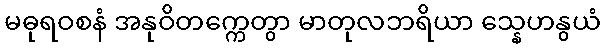
မဓုရဝစနံ အနုဝိတက္ကေတွာ မာတုလဘရိယာ သ္နေဟနွယံ